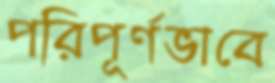
পরিপূর্ণভাবে